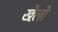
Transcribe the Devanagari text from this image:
खेल़ो़ं